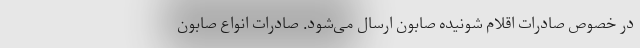
در خصوص صادرات اقلام شونیده صابون ارسال می‌شود. صادرات انواع صابون